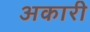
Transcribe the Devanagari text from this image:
अकारी